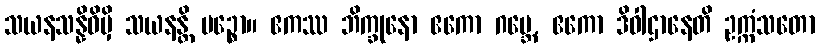
သယနသန္နိဓိမှိ သယနန္တိ မဉ္စော။ ဧကဿ ဘိက္ခုနော ဧကော ဂဗ္ဘေ, ဧကော ဒိဝါဌာနေတိ ဥက္ကံသတော